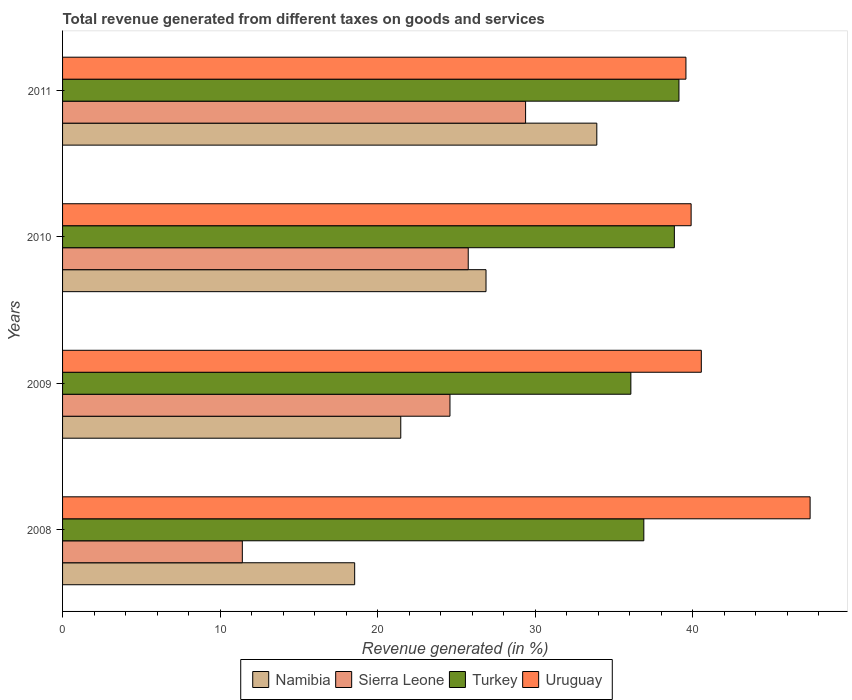
| Years | Namibia | Sierra Leone | Turkey | Uruguay |
 | --- | --- | --- | --- | --- |
 | 2008 | 18.5 | 11.4 | 36.9 | 47.5 |
 | 2009 | 21.5 | 24.6 | 36.1 | 40.5 |
 | 2010 | 26.9 | 25.8 | 38.8 | 39.9 |
 | 2011 | 33.9 | 29.4 | 39.1 | 39.6 |